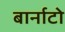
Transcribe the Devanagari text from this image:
बार्नाटो